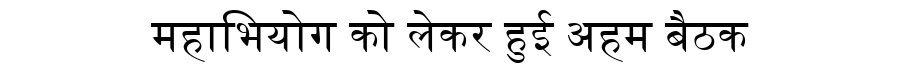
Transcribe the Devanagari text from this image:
महाभियोग को लेकर हुई अहम बैठक